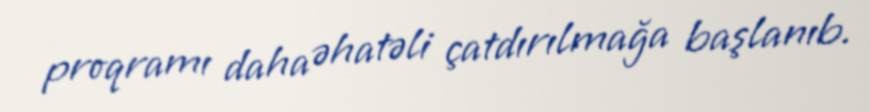
proqramı daha əhatəli çatdırılmağa başlanıb.